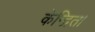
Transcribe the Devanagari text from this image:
केन्द्रित।